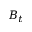
B _ { t }